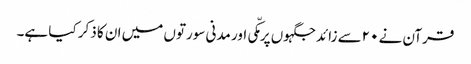
قرآن نے ۲۰سے زائد جگہوں پر مکّی اور مدنی سورتوں میں ان کا ذکر کیا ہے۔